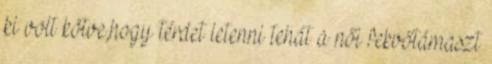
ki volt kötve,hogy térdet letenni tehát a női fekvőtámaszt